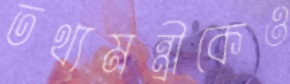
তথ্যমন্ত্রীকেও